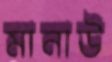
মানাউ